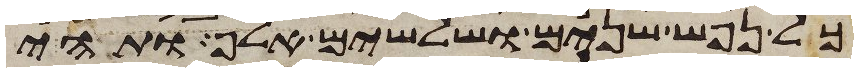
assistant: כל נפש שנים ושלשים אלף ותהי